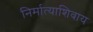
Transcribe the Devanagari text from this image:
निर्मात्याशिवाय